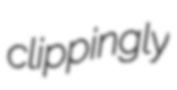
clippingly